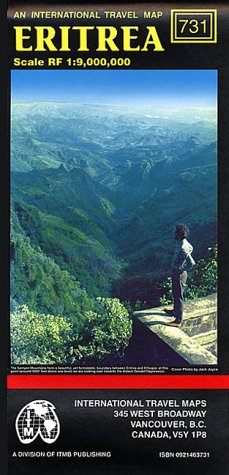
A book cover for Eritrea Map (Travel Reference Map); Iter; Travel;